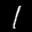
Digit: 1